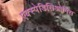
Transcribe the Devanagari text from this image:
एक्स्पेडिसिओनिस